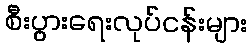
စီးပွားရေးလုပ်ငန်းများ